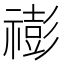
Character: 𥛻